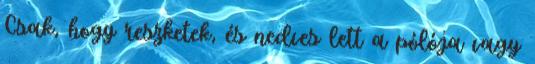
Csak, hogy reszketek, és nedves lett a pólója vagy